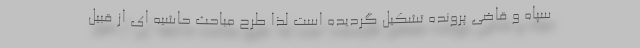
سپاه و قاضی پرونده تشکیل گردیده است لذا طرح مباحث حاشیه ای از قبیل